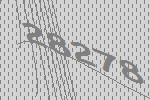
28278